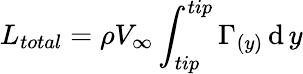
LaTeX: L_{total}=\rho V_{\infty}\int_{tip}^{tip}\Gamma_{(y)}\operatorname{d}y